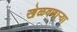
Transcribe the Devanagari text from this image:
खेळवणाऱ्या